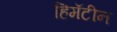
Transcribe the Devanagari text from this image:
हिमॅटीन